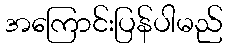
အကြောင်းပြန်ပါမည်